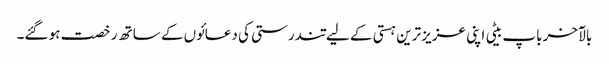
بالآخر باپ بیٹی اپنی عزیز ترین ہستی کے لیے تندرستی کی دعائوں کے ساتھ رخصت ہو گئے۔